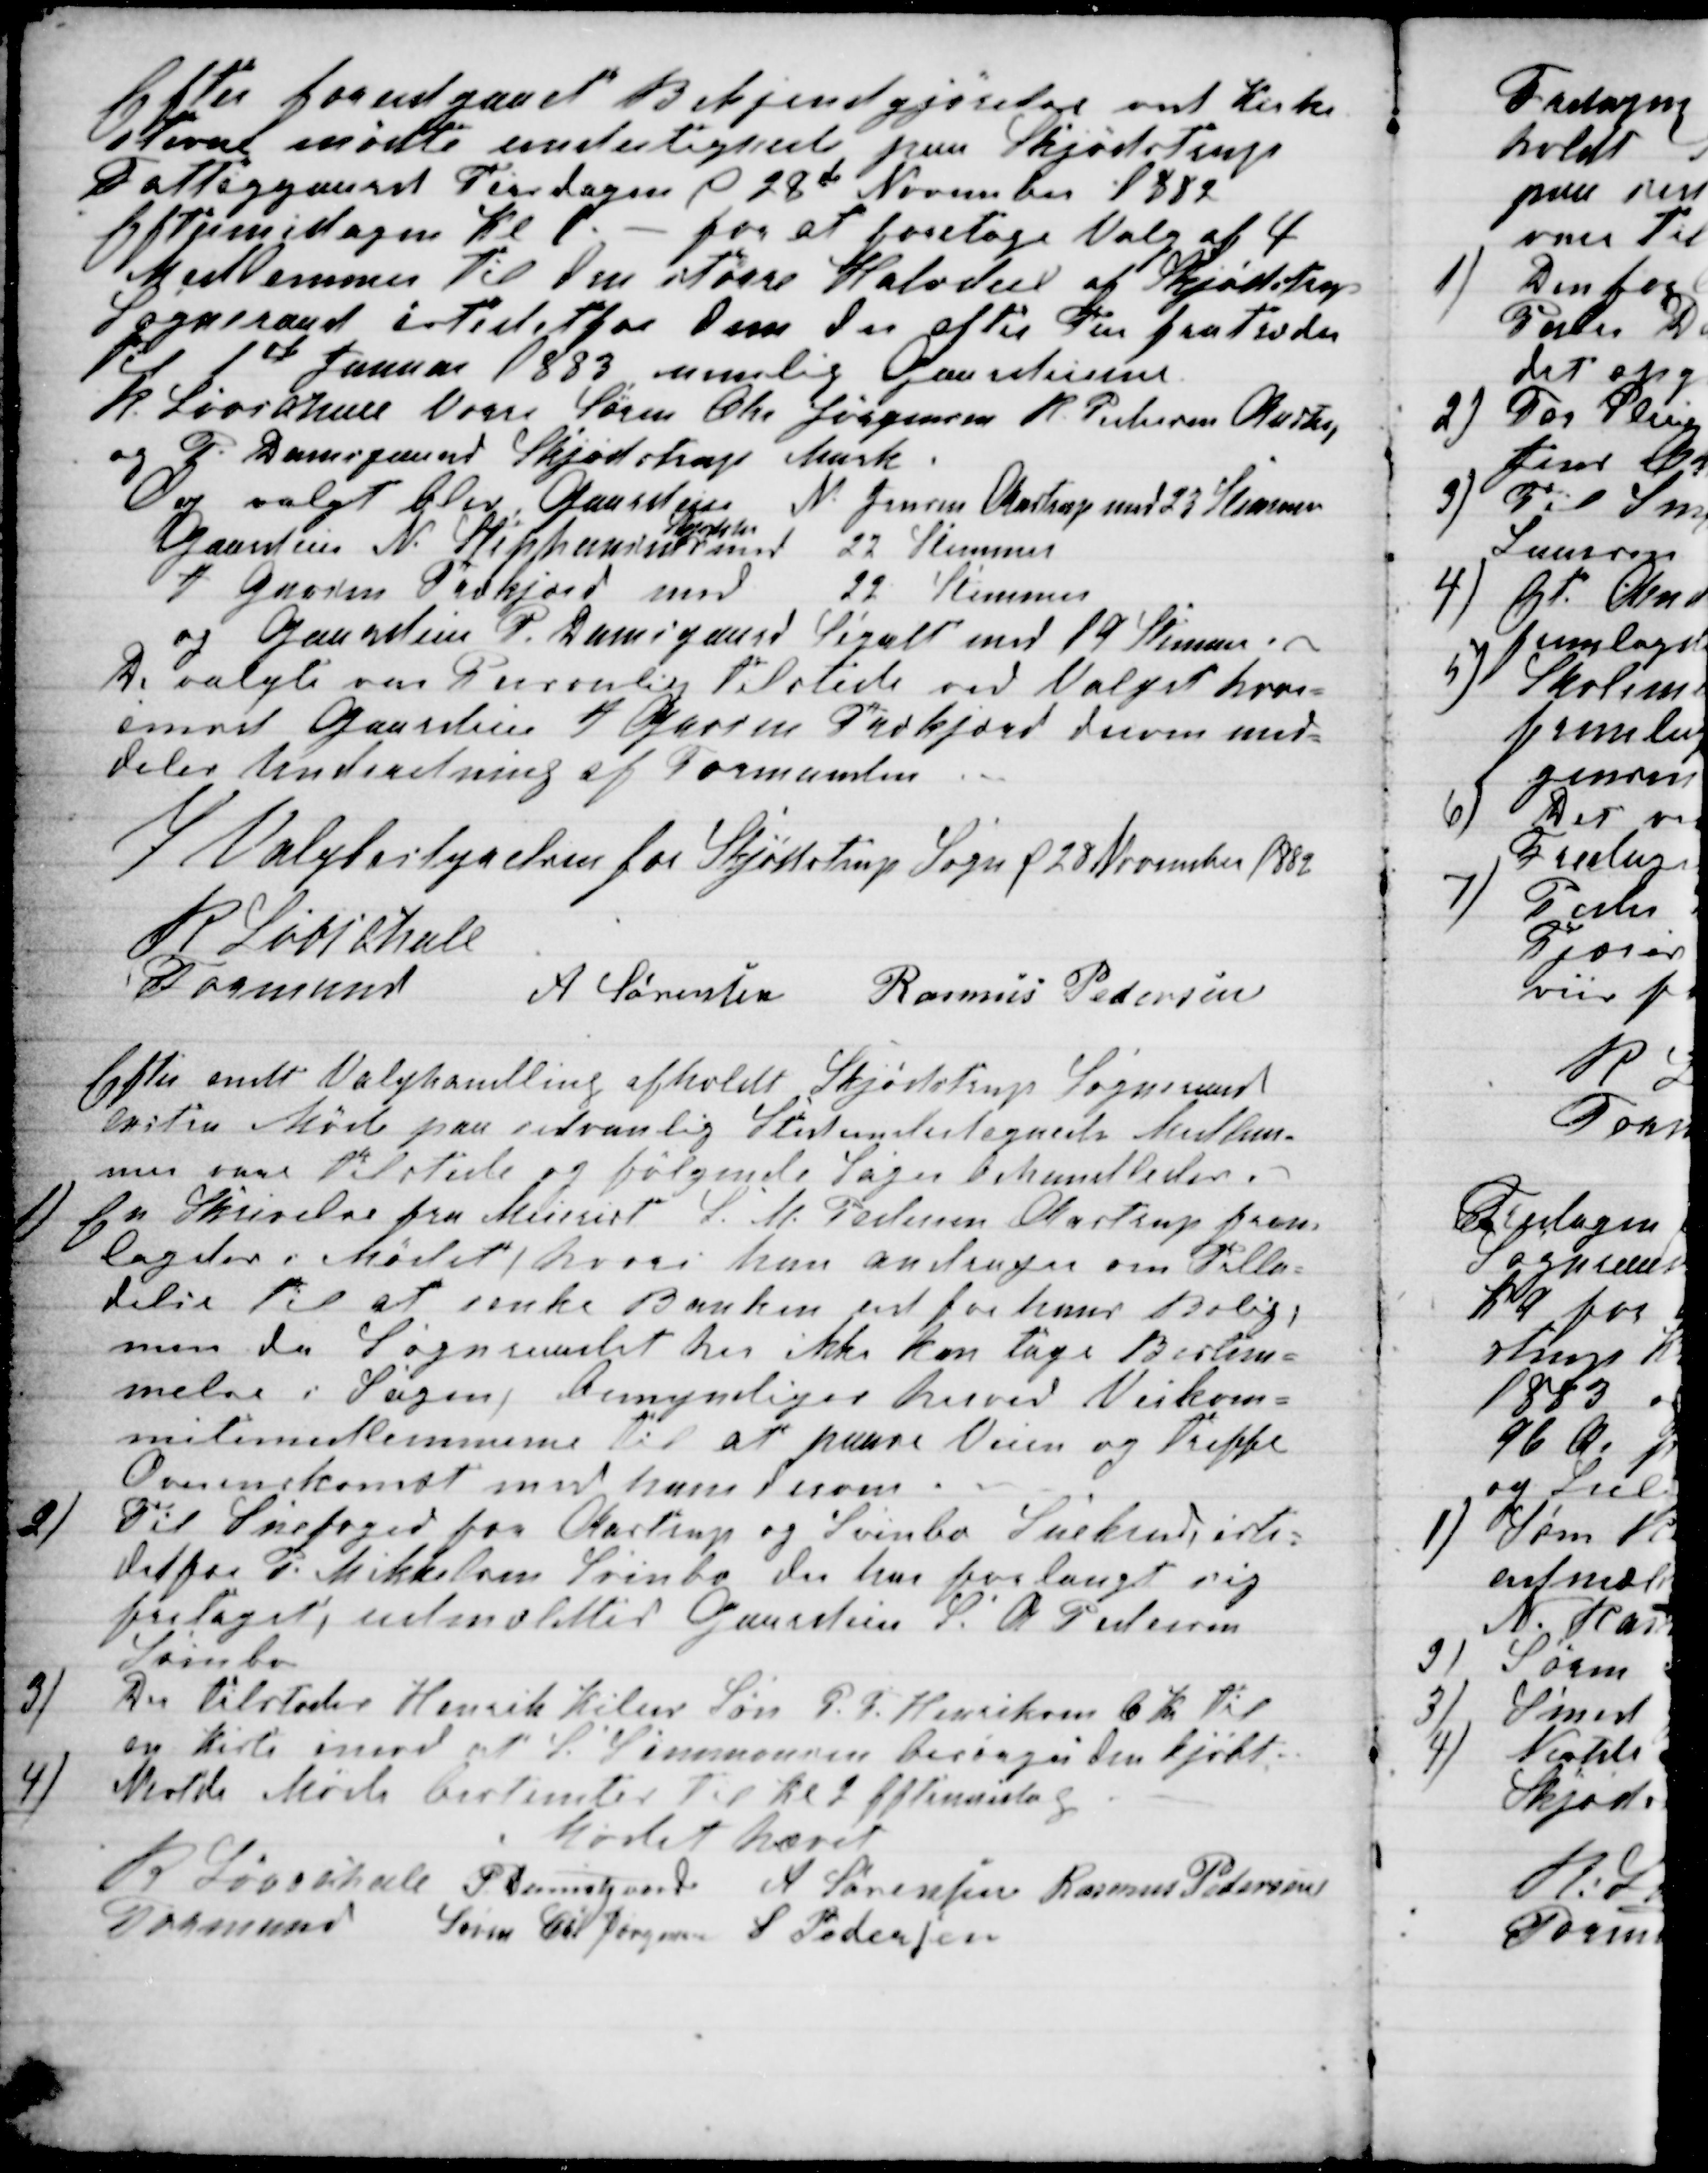
Transskription:
Efter forudgaaet Bekjendgjørelse ved Kirke-
stevne mødte undertegnede paa Skjødstrup
Fattiggaard Tirsdagen d 28de November 1882
Eftermidagen Kl 1. - for at foretage Valg af 4
Medlemmer til den større Halvdeel af Skjødstrup
Sogneraad istedetfor dem der efter Tur fratræder
til 1st Januar 1883 nemlig Gaardeierne
R. Løvschall Vorre Søren Chr Jørgensen R. Pedersen Aastrup
og P. Damsgaard Skjødstrup Mark.
Og valgt blev Gaardeier N. Jensen Aastrup med 23 Stemmer
Gaardeier N. Stephansen
Skjødstrup
med 22 Stemmer
J Grosen Todkjærd med 22 Stemmer
Gaardeier P. Damsgaard Segalt med 19 Stemmer.
De valgte var Personlig tilstede ved Valget hvor-
imod Gaardeier J Grosen Todkjærd derom med-
deles Underetning af Formanden
I Valgbestyrelsen for Skjødstrup Sogn d 28 November 1882
R Løvschall
Formand
A Sørensen Rasmus Pedersen
Efter endt Valghandling afholdt Skjødstrup Sogneraad
exstra Møde paa sedvanlig Sted undertegnede Medlem-
mer vare tilstede og følgende sager behandledes.
1)
En Skrivelse fra Meierist L. M. Pedersen Aastrup frem-
lagdes i Mødet, hvori han andrager om Tilla-
delse til at senke Benken ud for hans Bolig,
men da Sogneraadet her ikke kan tage Bestem-
melse i Sagen, bemyndiges herved Veikom=
mitemedlemmerne til at paase Veien og treffe
Overenskomst med ham derom
2)
Til Snefoged fra Aastrup og Svinbo Snekreds iste-
detfor P. Mikkelsen Svinbo der har forlangt sig
fritaget, udmældtes Gaardeier L. A Pedersen
Svinbo
3)
Der tilstodes Henrik Kilers Søn P. F. Henriksen 6 Kr til
en kiste imod at P. Simmonsen besørger den kjøbt.
4)
Nestde Møde bestemtes til Kl 2 Eftermidag
Mødet hævet
R Løvschall
Formand 
P. Damsgaard A Sørensen Rasmus Pedersen
Søren Chr Jørgensen S Pedersen